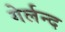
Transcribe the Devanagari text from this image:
गेर्लन्द